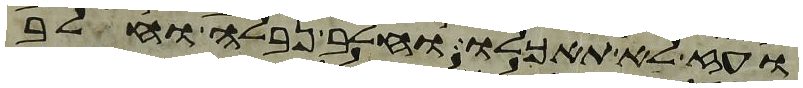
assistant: ועז לא תאכלו וחלב נבלה וחלב